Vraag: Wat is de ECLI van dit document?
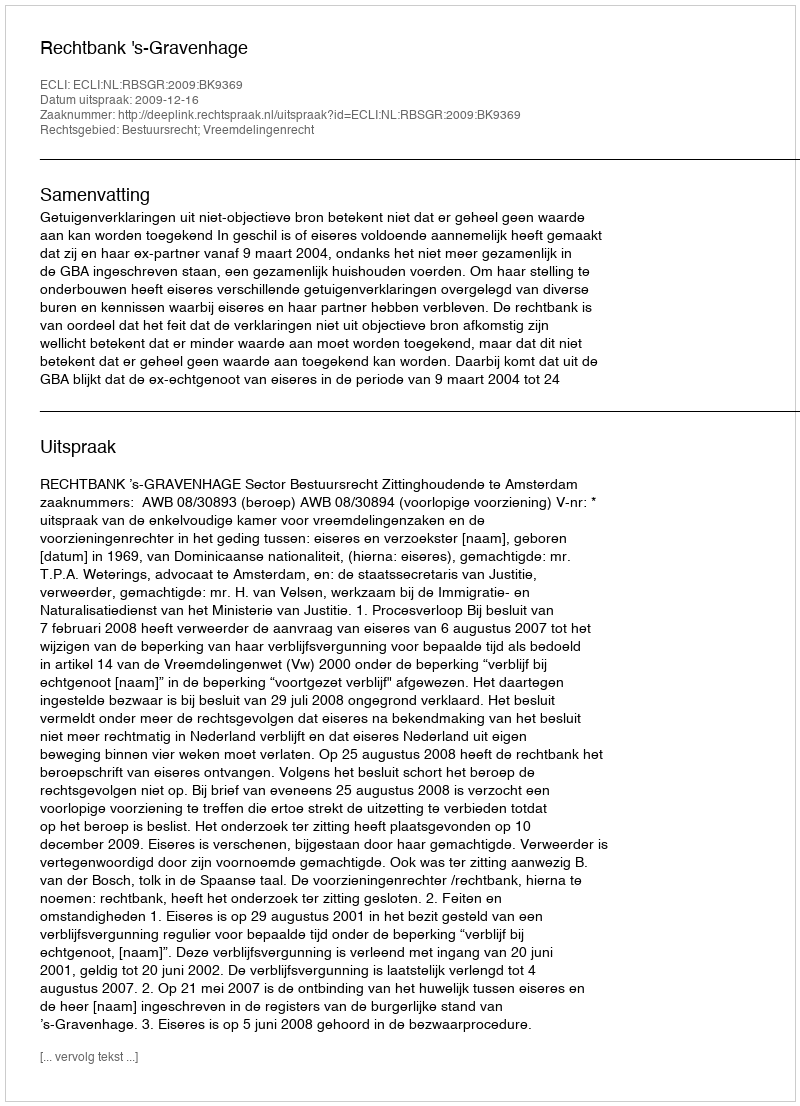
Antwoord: ECLI:NL:RBSGR:2009:BK9369